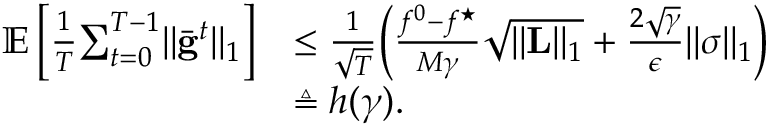
\begin{array} { r l } { \mathbb { E } \left[ \frac { 1 } { T } \! \sum _ { t = 0 } ^ { T - 1 } \lVert \bar { \mathbf { g } } ^ { t } \rVert _ { 1 } \right] } & { \leq \frac { 1 } { \sqrt { T } } \! \left( \frac { f ^ { 0 } - f ^ { \star } } { M \gamma } \sqrt { \lVert \mathbf { L } \rVert _ { 1 } } + \frac { 2 \sqrt { \gamma } } { \epsilon } \lVert \boldsymbol { \sigma } \rVert _ { 1 } \right) } \\ & { \triangleq h ( \gamma ) . } \end{array}